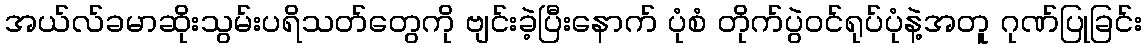
အယ်လ်ခမာဆိုးသွမ်းပရိသတ်တွေကို ဗျင်းခဲ့ပြီးနောက် ပုံစံ တိုက်ပွဲဝင်ရုပ်ပုံနဲ့အတူ ဂုဏ်ပြုခြင်း